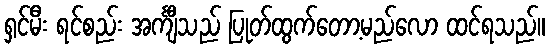
ရှင်မီး ရင်စည်း အင်္ကျီသည် ပြုတ်ထွက်တော့မည်လော ထင်ရသည်။